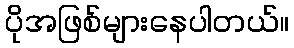
ပိုအဖြစ်များနေပါတယ်။